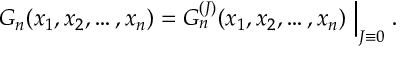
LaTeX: G _ { n } ( x _ { 1 } , x _ { 2 } , \dots , x _ { n } ) = G _ { n } ^ { ( J ) } ( x _ { 1 } , x _ { 2 } , \dots , x _ { n } ) \Bigm | _ { J \equiv 0 } .